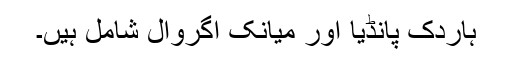
ہاردک پانڈیا اور میانک اگروال شامل ہیں۔